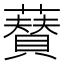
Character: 𮒟